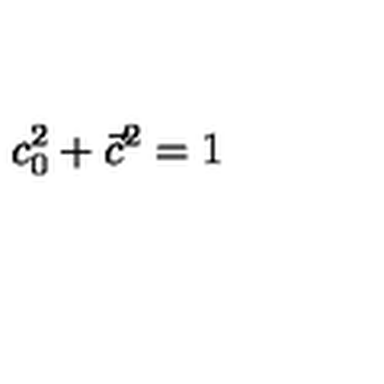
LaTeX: c _ { 0 } ^ { 2 } + \vec { c } ^ { 2 } = 1